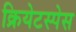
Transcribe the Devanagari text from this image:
क्रियेटस्पेस